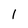
Character: l